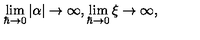
\lim _ { \hbar \to 0 } | \alpha | \to \infty , \lim _ { \hbar \to 0 } \xi \to \infty ,